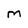
Character: M